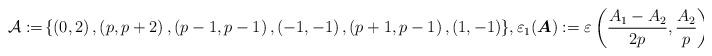
LaTeX: \begin{align*}\mathcal A:=\!\left\{\left(0,2\right),\left(p,p+2\right),\left(p-1,p-1\right),\left(-1,-1\right),\left(p+1,p-1\right),\left(1,-1\right)\right\}\!, \varepsilon_1(\boldsymbol{A}):= \varepsilon\left(\frac{A_1-A_2}{2p},\frac{A_2}{p}\right).\end{align*}